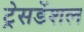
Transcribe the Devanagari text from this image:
ट्रेसडेंशल